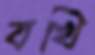
বখি